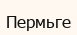
Пермьге